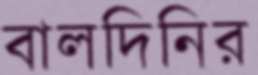
বালদিনির